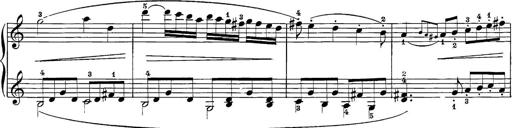
Title: 12 Sonatine per Pianoforte
Composer: Friedrich Kuhlau